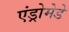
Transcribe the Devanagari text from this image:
एंड्रोमेडे